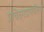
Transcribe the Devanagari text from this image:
प्रचितगडापर्यंतचा